Document type: Emphyteutic lease
Year: 1316
Scribe: Guillem de Vila
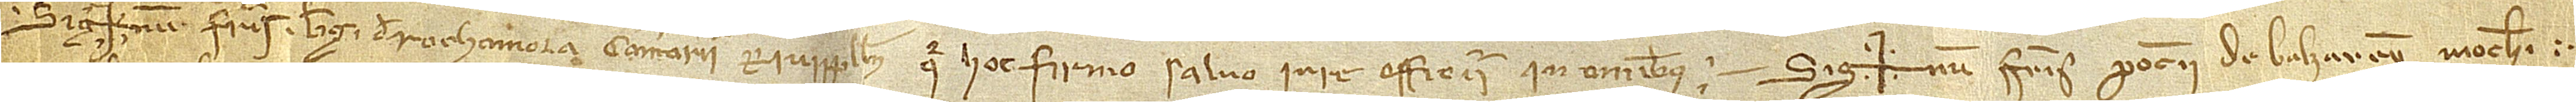
Sig+num fratris Berengarii de Rochamora, camerarii Rivipullensi, qui hoc firmo salvo iure officii in omnibus.  Sig+num fratris Poncii de Balzarenii, monachi.